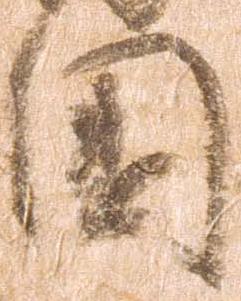
国